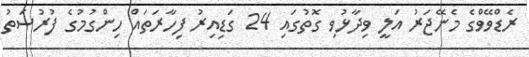
ރެޑްވޭވްގެ މެނޭޖަރު އަލީ ވިދާޅުވި ގޮތުގައި 24 ގަޑިއިރު ފިހާރަތައް ހިންގުމުގެ ފުރުސަތު